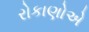
રોકાણોએ